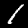
Digit: 1